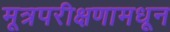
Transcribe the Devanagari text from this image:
मूत्रपरीक्षणामधून